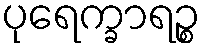
ပုရေက္ခာရဉ္စ